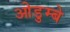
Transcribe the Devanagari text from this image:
ओडुम्बे